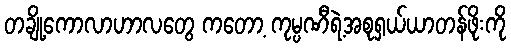
တချို့ကောလာဟာလတွေ ကတော့ ကုမ္ပဏီရဲ့အစုရှယ်ယာတန်ဖိုးကို